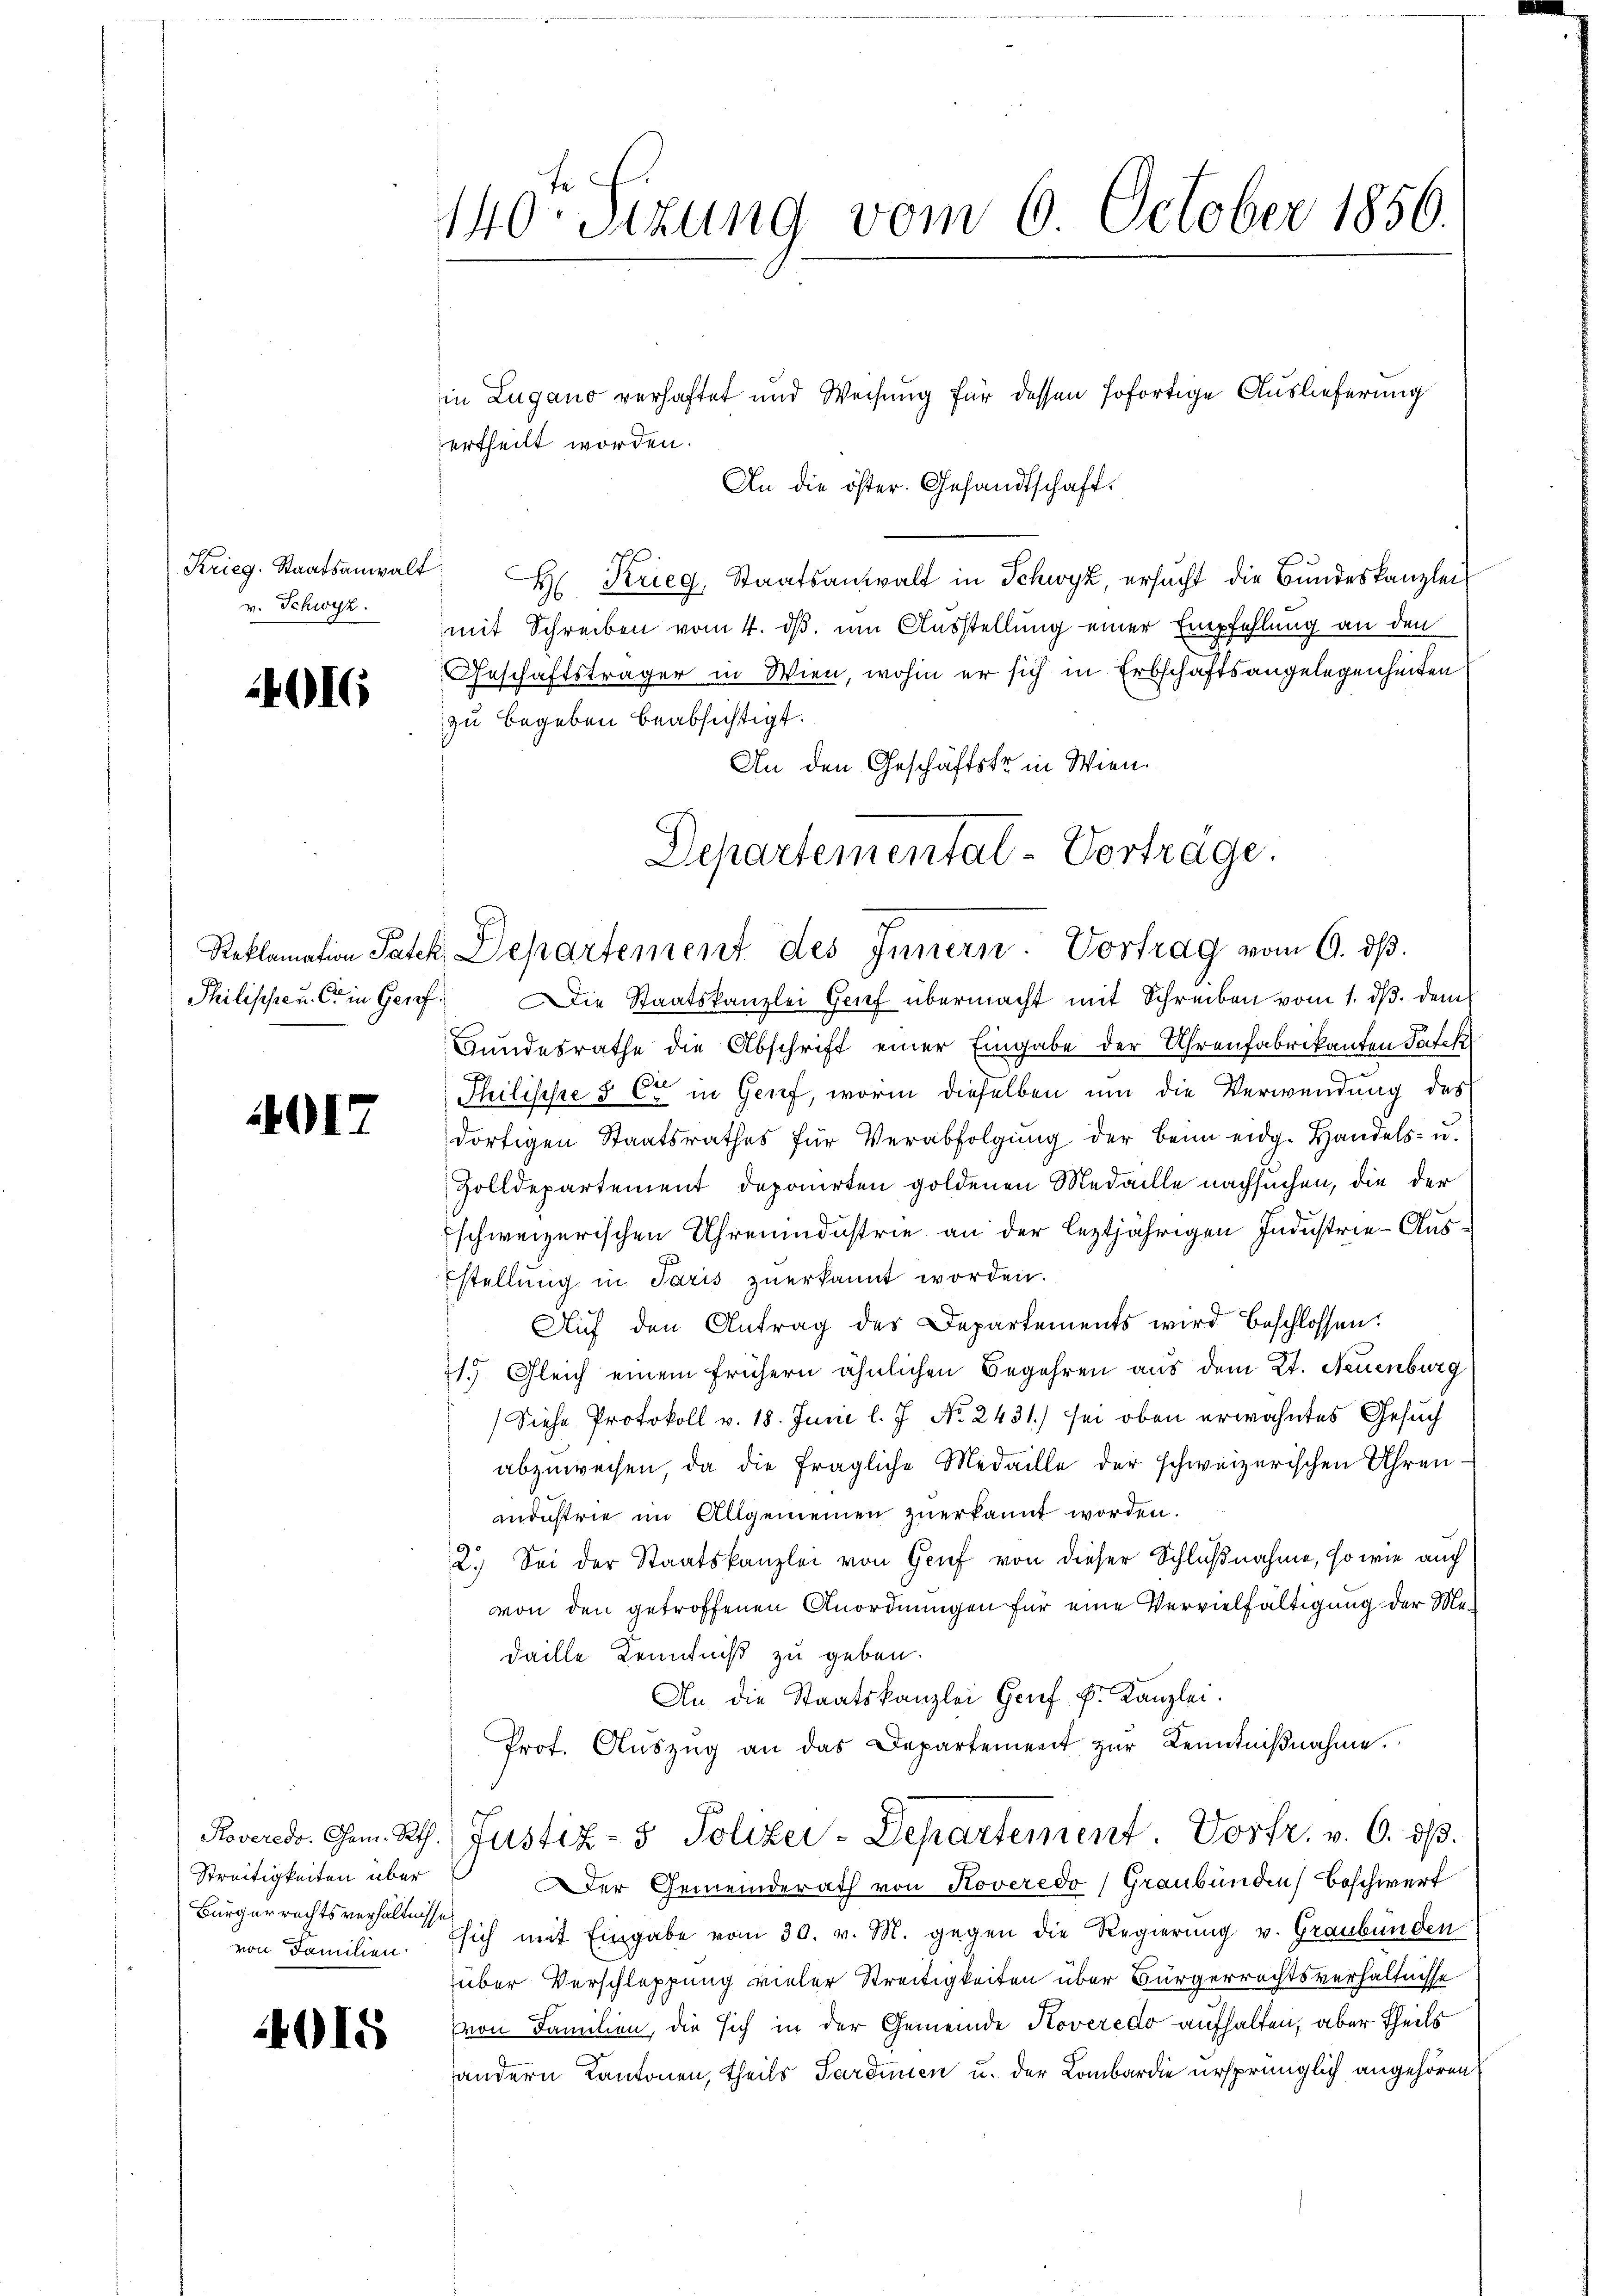
Krieg. Staatsanwalt
v. Schwyz.

4016

017

Streitigkeiten über
Bürgerrechtsverhältnisse

4015

140te Sizung vom 6. October 1856.

in Lugano verhaftet und Weisung für dessen sofortige Auslieferung
ertheilt worden.
An die öster. Gesandtschaft.
H Krieg, Staatsanwalt in Schwyz, ersŭcht die Bundeskanzlei
mit Schreiben vom 4. ds. um Ausstellung einer Empfehlung an den
Geschäftsträger in Wien, wohin er sich in Erbschaftsangelegenheiten
zu begeben beabsichtigt.
An den Geschäftske in Wien.
Philischeu C in Genf. Die Staatskanzlei Genf übermacht mit Schreiben vom 1. ds. dem
Bundesrathe die Abschrift einer Eingabe der Uhrenfabrikanten Patek
Philische § 6 in Genf, worin dieselben um die Verwendung des
dortigen Staatsrathes für Verabfolgŭng der beim eidg. Handels- u.
Zolldepartement deponirten goldenen Medaille nachsuchen, die der
schweizerischen Uhrenindustrie an der leztjährigen Industrie-Auststellung in Paris zuerkannt worden.
Auf den Antrag des Departements wird beschlossen:
1. Gleich einem frühern ähnlichen Begehren aus dem Kt. Neuenburg
Siehe Protokoll v. 18. Juni l. J. No. 2431.) sei oben erwähntes Gesuch
abzuweisen, da die fragliche Medaille der schweizerischen Uhrenmndustrie im Allgemeinen zuerkannt worden.
2. Sei der Staatskanzlei von Gruf von dieser Schlußnahme, so wie auch
von den getroffenen Anordnungen für eine Vervielfältigung der Medaille Kenntniß zu geben.
An die Staatskanzlei Genf k. Kanzlei.
Prof. Aŭszŭg an das Departement zŭr Kenntniβnahme.
Roverede. Gem. Rth. Justiz- & Polizei-Departement. Vorfr. v. 6. ds.
Der Gemeinderath von Koveredo, Graubünden Beschwerf
von Familien. sich mit Eingabe vom 30. v. M. gegen die Regierung v. Graubünden
über Verschleppung vieler Streitigkeiten über Bürgerrechtsverhältnisse
von Familien, die sich in der Gemeinde Hoveredo aufhalten, aber theils
andern Kantonen, theils Sardinien u. der Lombardie ursprünglich angehören,

Departemental-Vorträge.
Reklamation Patek, Departement des Innern Vortrag vom 6. dß.